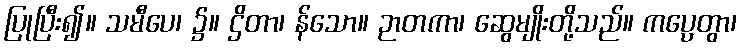
ပြုပြီး၍။ သမီပေ၊ ၌။ ဌိတာ၊ န်သော။ ဉာတကာ၊ ဆွေမျိုးတို့သည်။ ကပ္ပေတွာ၊